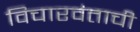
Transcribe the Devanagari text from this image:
विचारवंताची